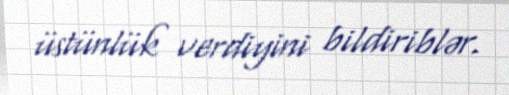
üstünlük verdiyini bildiriblər.